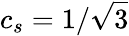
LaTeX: c_{s}=1/\sqrt{3}